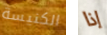
الكنيسة إذا